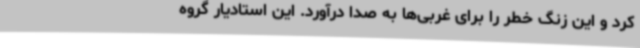
کرد و این زنگ خطر را برای غربی‌ها به صدا درآورد. این استادیار گروه